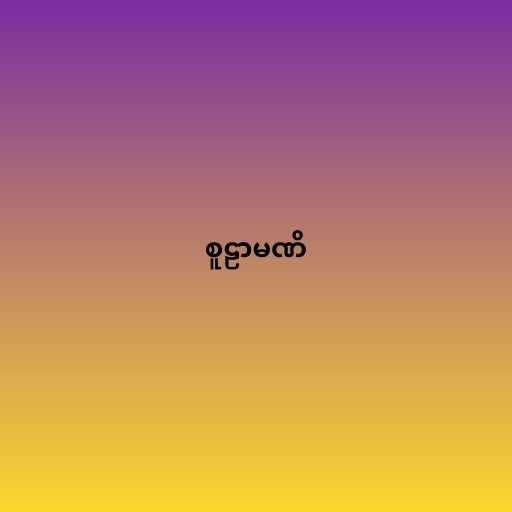
စူဠာမဏိ